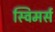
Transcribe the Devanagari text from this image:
स्विमर्स